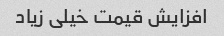
افزایش قیمت خیلی زیاد